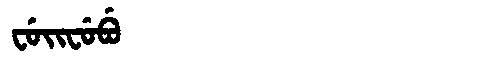
Manchu: ᠸᡠᡳᠸᡠᠪᡠ
Romanization: FUIFUBU